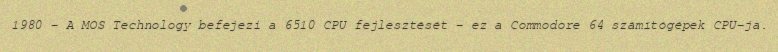
1980 – A MOS Technology befejezi a 6510 CPU fejlesztését – ez a Commodore 64 számítógépek CPU-ja.